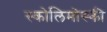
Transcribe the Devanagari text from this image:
स्कोलिमोस्की